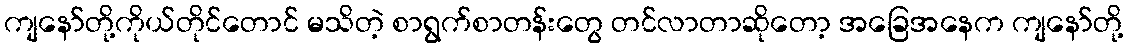
ကျနော်တို့ကိုယ်တိုင်တောင် မသိတဲ့ စာရွက်စာတန်းတွေ တင်လာတာဆိုတော့ အခြေအနေက ကျနော်တို့